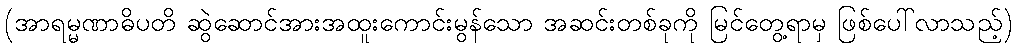
(အာရမ္မဏာဓိပတိ ဆွဲဆောင်အားအထူးကောင်းမွန်သော အဆင်းတစ်ခုကို မြင်တွေ့ရာမှ ဖြစ်ပေါ်လာသည့်)